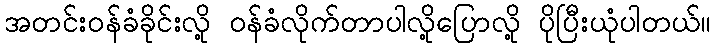
အတင်းဝန်ခံခိုင်းလို့ ဝန်ခံလိုက်တာပါလို့ပြောလို့ ပိုပြီးယုံပါတယ်။